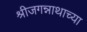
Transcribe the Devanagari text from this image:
श्रीजगन्नाथाच्या